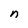
Character: n